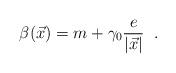
LaTeX: \begin{align*}\beta(\vec{x})=m+\gamma_0\frac{e}{|\vec{x}|}\;\;.\end{align*}